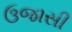
ઉજાસી